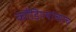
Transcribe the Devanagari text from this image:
कौंडिण्यांच्याच